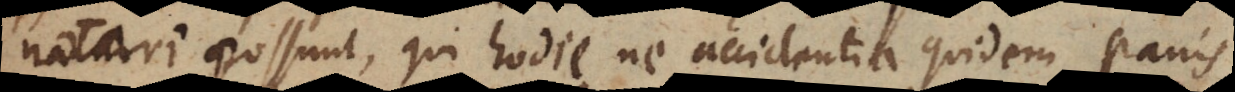
notari possunt, qui hodie ne accidentia quidem panis